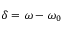
\delta = \omega - \omega _ { 0 }